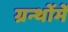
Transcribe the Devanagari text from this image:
ग्रन्थोंमें